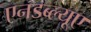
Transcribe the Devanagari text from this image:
एनडब्ल्यूए